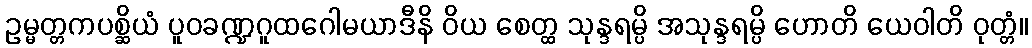
ဥမ္မတ္တကပစ္ဆိယံ ပူဝခဏ္ဍဂူထဂေါမယာဒီနိ ဝိယ စေတ္ထ သုန္ဒရမ္ပိ အသုန္ဒရမ္ပိ ဟောတိ ယေဝါတိ ဝုတ္တံ။